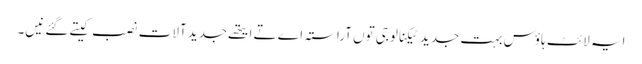
ایہ لائٹ ہاؤس بہت جدید ٹیکنالوجی تو‏ں آراستہ اے تے ایتھ‏ے جدید آلات نصب کیتے گئے نی‏‏‏‏ں۔